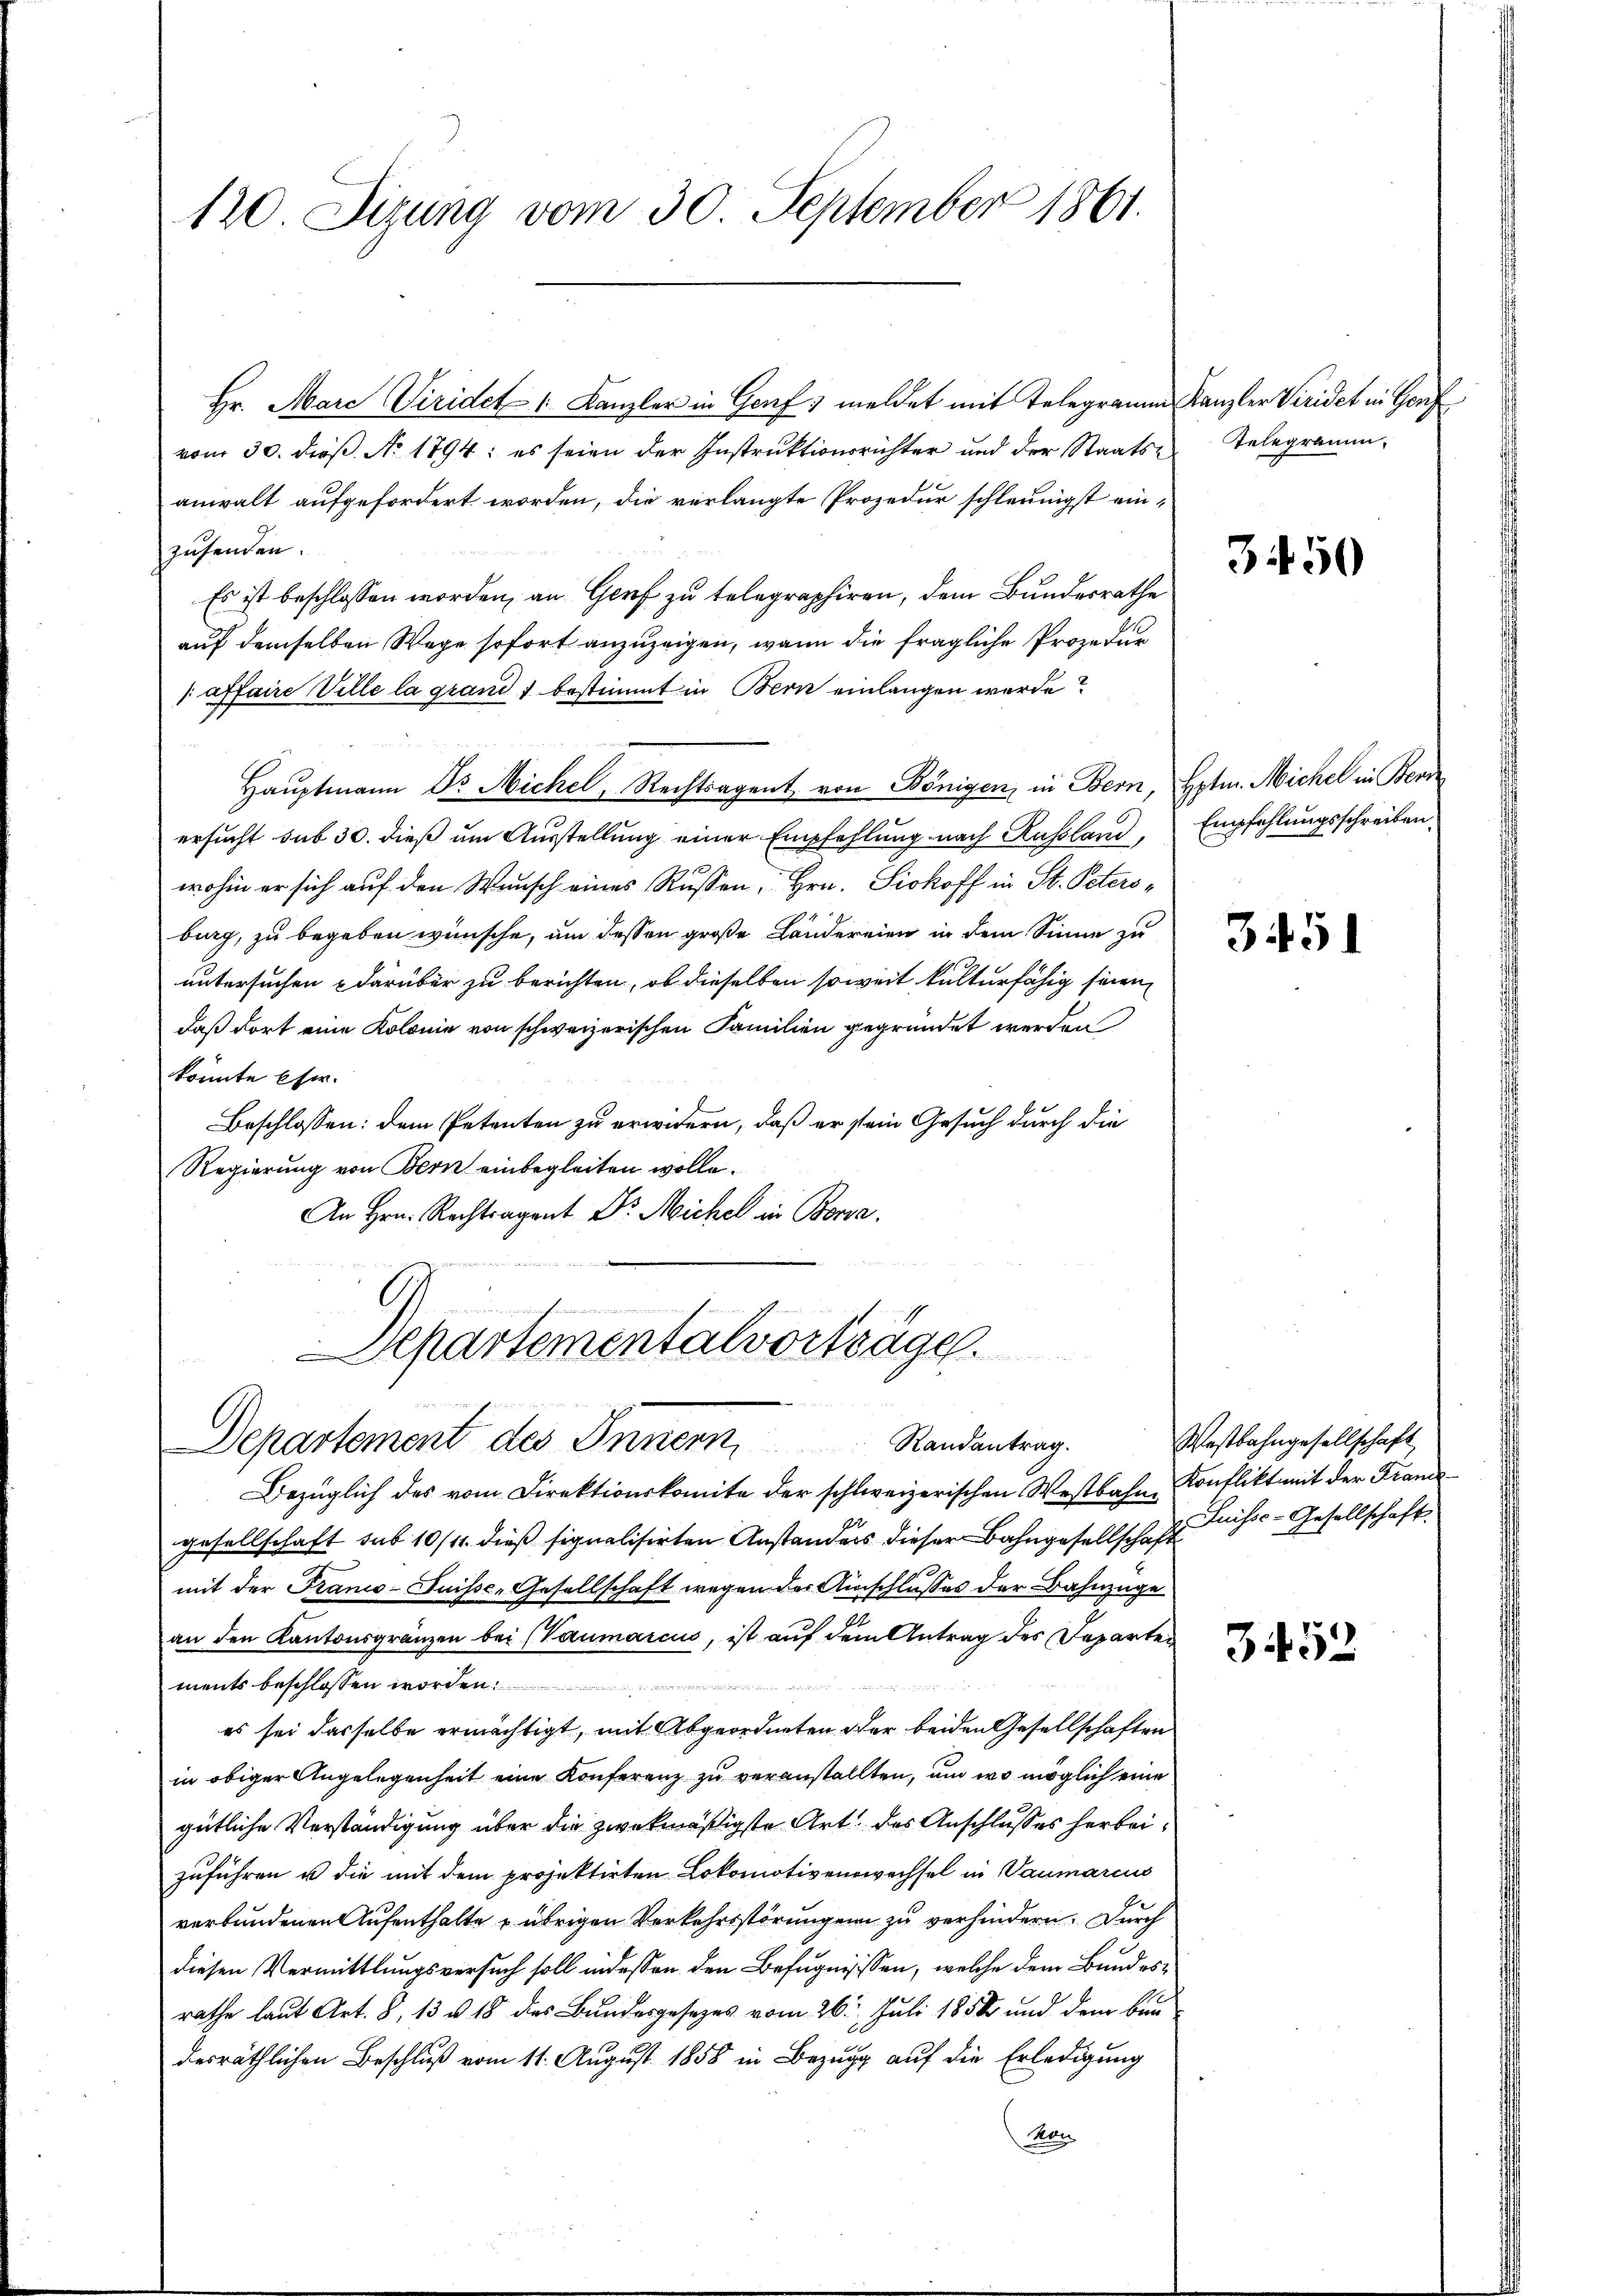
120. Sizung vom 30. September 1861.

Hr. Marc Viridet " Kanzler in Genf) meldet mit Telegramm Kanzler Veridet in Genz
vom 30. dieß. No. 1894; es seien der Instruktionsrichter und der Staatsanwalt aufgefordert worden, die verlangte Prozedur schleunigst einzusenden.
Es ist beschlossen worden, an Genf zu telegraphiren, dem Bundesrathe
auf demselben Wege sofort anzuzeigen, wenn die fragliche Prozedur
 affaire Ville la grand 1 bestimmt in Bern einlangen werde?
Hauptmann Dr. Michel, Rechtsagent von Königen, in Bern, Hptm. Michel in Bern
ersucht sub 30. dieß um Ausstellung einer Empfehlung nach Russland,
wohin er sich auf den Wunsch eines Russen, Hrn. Siokoff in St. Peters-
burg, zu begeben wünsche, um dessen große Ländereien in dem Sinne zu
untersuchen darüber zu berichten, ob dieselben soweit kulturfähig seien,
daß dort eine Kolonie von schweizerischen Familien gegründet werden
könnte Eher
Beschlossen: dem Petenten zu erwidern, daß er sein Gesuch durch die
Regierung von Bern einbegleiten wolle.
An Hrn. Rechtragent Dr. Michel in Bossa

Bezüglich des vom Direktionskomite der schweizerischen Westbahn, Konflikt mit der Frandsgesellschaft sub 10/11. dieß signalisirten Anstanders dieser Bahngesellschaft
mit der Franco-Suisse-Gesellschaft wegen der Anschlusses der Bahnzüge
an den Kantonsgränzen bei (Vaumarciis, ist auf dem Antrag des Departen
ments beschlossen worden.
A
es sei dasselbe ermächtigt, mit Abgeordneten oder beiden Gesellschaften
in obiger Angelegenheit eine Konferenz zu veranstellten, um wo möglich eine
gütliche Verständigung über die zwekmäßigste Art. das Anschlusses herbeizuführen u die mit dem projektirten Lokomotivenzwachsel in Vaumarius
verbundenen Aufenthalte & übrigen Verkehrsstörungen zu verhindern. Durch
diesen Vermittlungsversuch soll in dessen den Befugnissen, welche dem Bundesrathe laut Art. 8, 13 u 18 des Bundesgesezes vom 26. Juli 1858 und dem bei
desräthlichen Beschluß vom 11. August 1858 in Bezug auf die Erledigung
an

Departementalvorträge.
Departement des Innern, Randantrag.

Telegramm.

3450

Empfehlungsschreiben.

3451

Westbahngesellschaft
Suisse-Gesellschaft.

3452